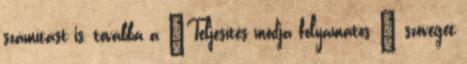
számítást is, továbbá a „Teljesítés módja folyamatos ” szöveget